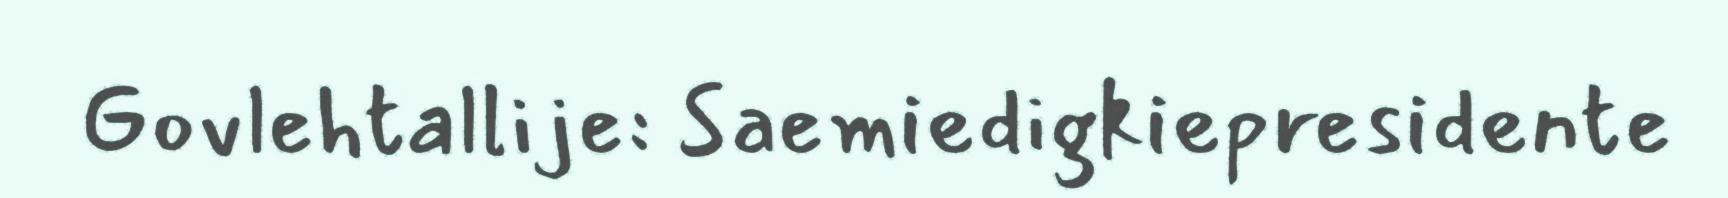
Govlehtallije: Saemiedigkiepresidente